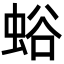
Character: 𧋉